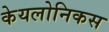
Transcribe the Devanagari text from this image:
केयलोनिकस